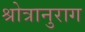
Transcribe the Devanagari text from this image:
श्रोत्रानुराग